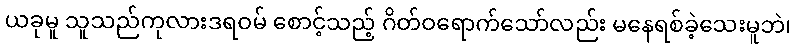
ယခုမူ သူသည်ကုလားဒရဝမ် စောင့်သည့် ဂိတ်ဝရောက်သော်လည်း မနေရစ်ခဲ့သေးမူဘဲ၊